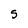
Character: S